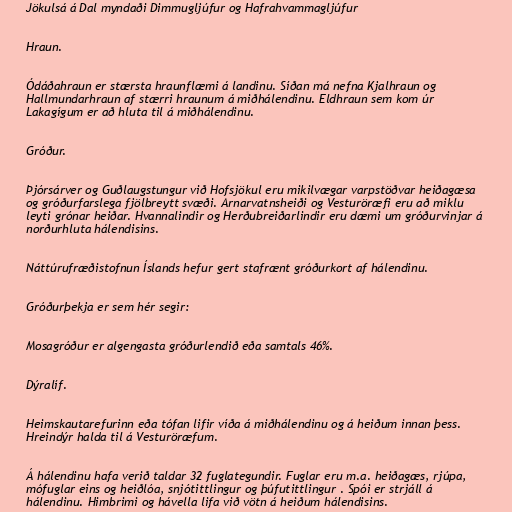
Jökulsá á Dal myndaði Dimmugljúfur og Hafrahvammagljúfur

Hraun.

Ódáðahraun er stærsta hraunflæmi á landinu. Síðan má nefna Kjalhraun og
Hallmundarhraun af stærri hraunum á miðhálendinu. Eldhraun sem kom úr
Lakagígum er að hluta til á miðhálendinu.

Gróður.

Þjórsárver og Guðlaugstungur við Hofsjökul eru mikilvægar varpstöðvar heiðagæsa
og gróðurfarslega fjölbreytt svæði. Arnarvatnsheiði og Vesturöræfi eru að miklu
leyti grónar heiðar. Hvannalindir og Herðubreiðarlindir eru dæmi um gróðurvinjar á
norðurhluta hálendisins.

Náttúrufræðistofnun Íslands hefur gert stafrænt gróðurkort af hálendinu.

Gróðurþekja er sem hér segir:

Mosagróður er algengasta gróðurlendið eða samtals 46%.

Dýralíf.

Heimskautarefurinn eða tófan lifir víða á miðhálendinu og á heiðum innan þess.
Hreindýr halda til á Vesturöræfum.

Á hálendinu hafa verið taldar 32 fuglategundir. Fuglar eru m.a. heiðagæs, rjúpa,
mófuglar eins og heiðlóa, snjótittlingur og þúfutittlingur . Spói er strjáll á
hálendinu. Himbrimi og hávella lifa við vötn á heiðum hálendisins.